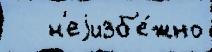
   н'еjизб'е́жно